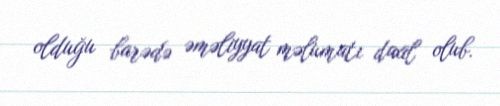
olduğu barədə əməliyyat məlumatı daxil olub.